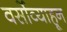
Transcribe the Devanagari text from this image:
वर्सोव्याहून